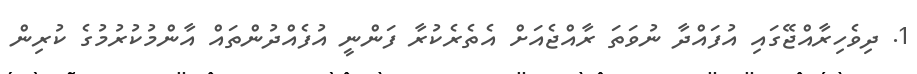
1. ދިވެހިރާއްޖޭގައި އުފައްދާ ނުވަތަ ރާއްޖެއަށް އެތެރެކުރާ ފަންނީ އުފެއްދުންތައް އާންމުކުރުމުގެ ކުރިން